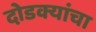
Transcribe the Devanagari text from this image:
दोडक्यांचा